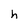
Character: h